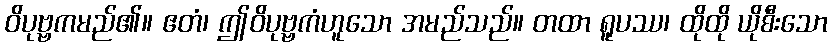
ဝိပုဗ္ဗကမည်၏။ ဧတံ၊ ဤဝိပုဗ္ဗကံဟူသော အမည်သည်။ တထာ ရူပဿ၊ ထိုထို ယိုစီးသော